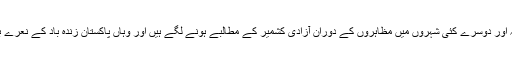
اب دہلی کلکتہ اور دوسرے کئی شہروں میں مظاہروں کے دوران آزادی کشمیر کے مطالبے ہونے لگے ہیں اور وہاں پاکستان زندہ باد کے نعرے بھی لگے ہیں۔